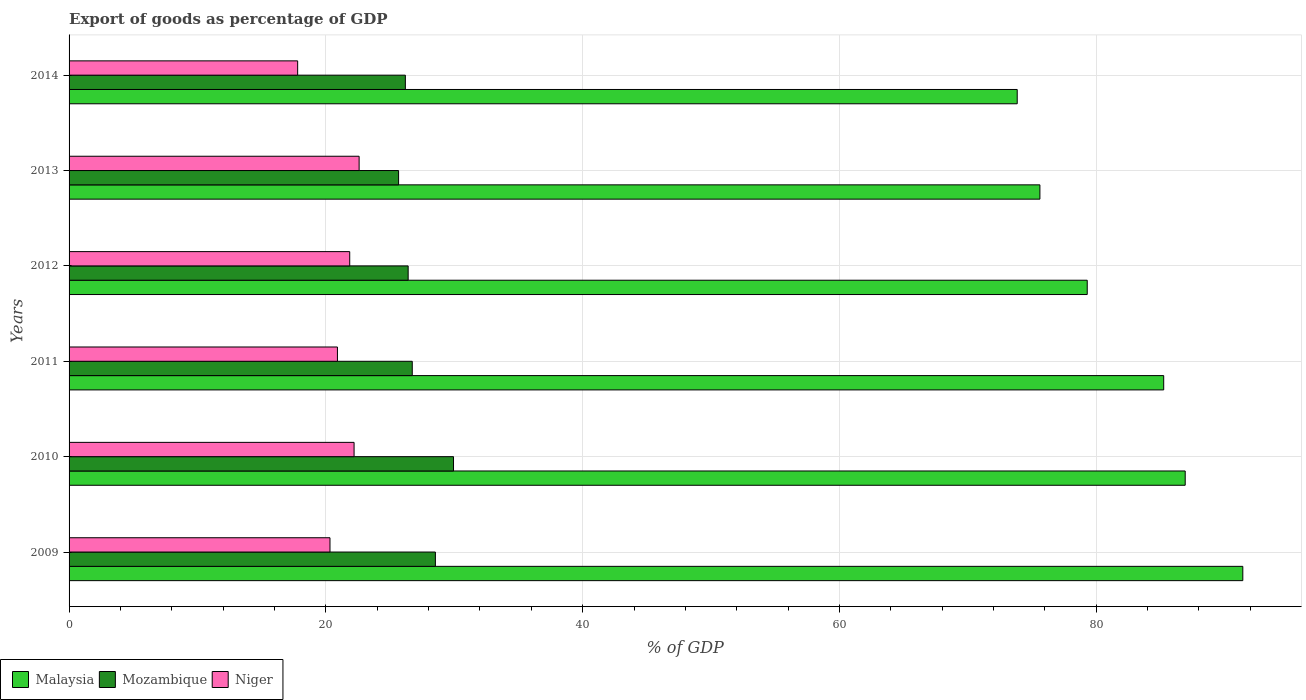
| Years | Malaysia | Mozambique | Niger |
 | --- | --- | --- | --- |
 | 2009 | 91.4 | 28.5 | 20.3 |
 | 2010 | 86.9 | 29.9 | 22.2 |
 | 2011 | 85.3 | 26.7 | 20.9 |
 | 2012 | 79.3 | 26.4 | 21.9 |
 | 2013 | 75.6 | 25.7 | 22.6 |
 | 2014 | 73.8 | 26.2 | 17.8 |